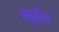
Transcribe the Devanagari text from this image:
स्कूलीज़